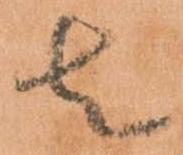
者